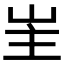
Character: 𭖒